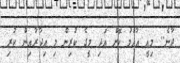
ދާނެ.. މިއީ އާއްމު ކޮށް އަދި މީގެ ކުރިން މި އިދާރާއިން ކުރި